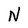
Character: N